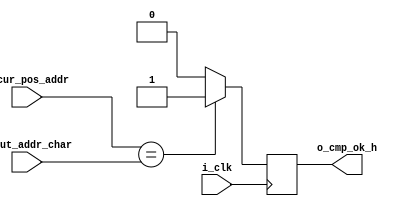
//-----------------------------------------------------------------------------
// cursor coordinate compare
//-----------------------------------------------------------------------------
module vga_cmp_cursor_coordinate(
    input wire i_clk,
	input wire [10:0] i_cur_pos_addr,  // tekushee poloshenie kursora
	input wire [10:0] i_out_addr_char,   // tekushe poloshenie vivoda simvola
	output wire o_cmp_ok_h
);

reg cmp_ok_h;

always @(posedge i_clk)
begin
    if (i_cur_pos_addr == i_out_addr_char) cmp_ok_h <= 1;
	else cmp_ok_h <= 0;
end

assign o_cmp_ok_h = cmp_ok_h;

endmodule